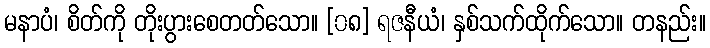
မနာပံ၊ စိတ်ကို တိုးပွားစေတတ်သော။ [၀၈] ရဇနီယံ၊ နှစ်သက်ထိုက်သော။ တနည်း။